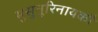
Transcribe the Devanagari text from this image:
मुसुनूरिनायकौ